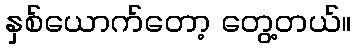
နှစ်ယောက်တော့ တွေ့တယ်။